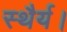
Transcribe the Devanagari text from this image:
स्थैर्य।